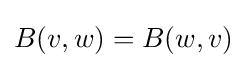
B(v,w)=B(w,v)